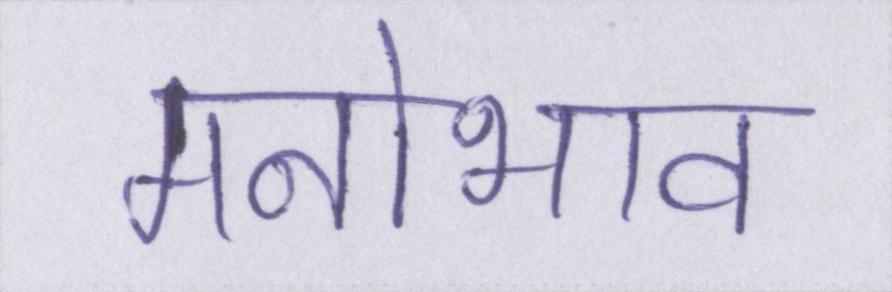
मनोभाव